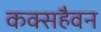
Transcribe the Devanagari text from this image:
कक्सहैवन